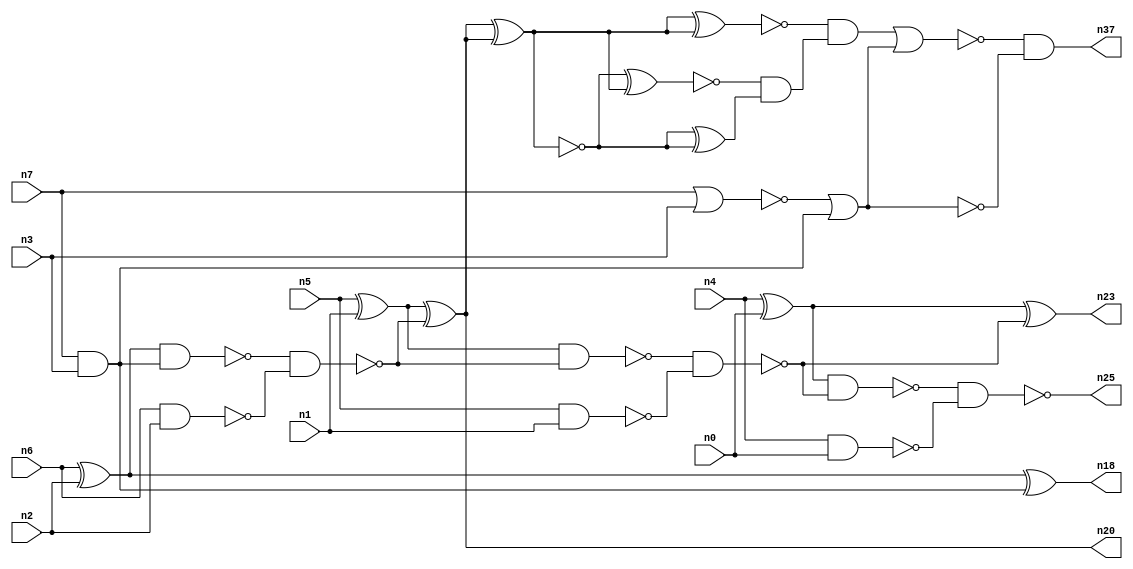
// This program was cloned from: https://github.com/umar-afzaal/ReCkt
// License: MIT License

// This file contains a pareto-optimal circuit with respect to power and the fault-resilince parameter p_fault which is defined as:
// "For all input vectors, the ratio of the no. of faults observable at the POs to the no. of total possible faults in the circuit".
// This code is part of the ReCkt library (https://github.com/umar-afzaal/ReCkt) distributed under The MIT License.
// When used, please cite the following article(s):
// U. Afzaal, A.S. Hassan, M. Usman and J.A. Lee, "On the Evolutionary Synthesis of Increased Fault-resilience Arithmetic Circuits".

// p_fault = 70.8 %    (Lower is better)
// gates = 30.0
// levels = 11
// area = 41.96    (For MCNC library relative to nand2)
// power = 133.3 uW    (Berkely-SIS for MCNC library @ Vdd=5V and 20 MHz clock)
// delay = 19.0 ns    (Berkely-ABC for MCNC library)
// PDP = 2.5327e-12 J

// Pin mapping:
// {n0, n1, n2, n3} = A[3:0]
// {n4, n5, n6, n7} = B[3:0]
// {n25, n23, n20, n18, n37} = O[4:0]

module addr4u_power_15 (
n0, n1, n2, n3, n4, n5, n6, n7, 
n25, n23, n20, n18, n37
);

input n0, n1, n2, n3, n4, n5, n6, n7;
output n25, n23, n20, n18, n37;
wire n29, n13, n30, n24, n9, n14, n16, n35, n22, n8, n15, n32, n10, n31, n26, n19, n21, n36, n33, n27, 
n11, n28, n12, n17, n34;

xor (n8, n4, n0);
nand (n9, n4, n0);
nand (n10, n5, n1);
nand (n11, n6, n2);
nor (n12, n7, n3);
xor (n13, n6, n2);
and (n14, n7, n3);
xor (n15, n5, n1);
nor (n16, n12, n14);
nand (n17, n13, n14);
xor (n18, n13, n14);
nand (n19, n17, n11);
xor (n20, n15, n19);
nand (n21, n15, n19);
nand (n22, n21, n10);
xor (n23, n8, n22);
nand (n24, n8, n22);
nand (n25, n24, n9);
xnor (n26, n20, n20);
xor (n27, n20, n20);
xnor (n28, n26, n27);
xor (n29, n26, n26);
nand (n30, n16, n16);
and (n31, n28, n29);
xnor (n32, n27, n27);
and (n33, n32, n31);
nor (n34, n33, n30);
and (n35, n16, n16);
and (n36, n34, n34);
and (n37, n36, n35);

endmodule